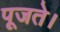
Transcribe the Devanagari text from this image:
पूजते।